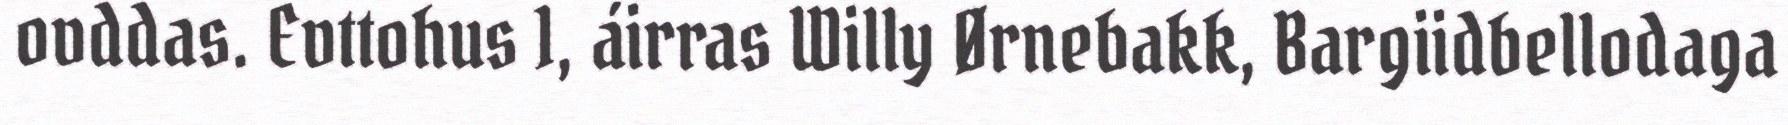
ovddas. Evttohus 1, áirras Willy Ørnebakk, Bargiidbellodaga